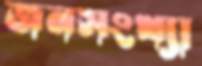
জনসংখ্যা